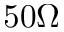
5 0 \Omega